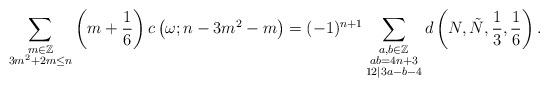
LaTeX: \begin{align*} \sum_{\substack{m\in \mathbb{Z}\\3m^2+2m\leq n}}\left(m+\frac{1}{6}\right) c\left(\omega; n-3m^2-m\right) =(-1)^{n+1} \sum_{\substack{a,b\in \mathbb{Z}\\ab=4n+3\\12|3a-b-4}} d\left(N,\tilde{N}, \frac{1}{3}, \frac{1}{6}\right).\end{align*}